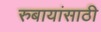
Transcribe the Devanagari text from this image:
रुबायांसाठी